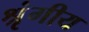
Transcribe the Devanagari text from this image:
श्रृंगीय